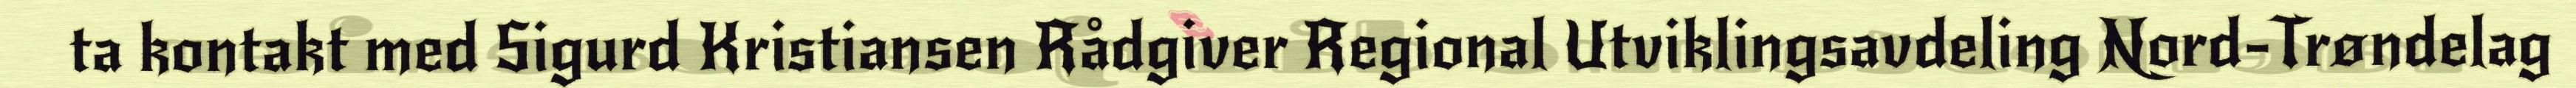
ta kontakt med Sigurd Kristiansen Rådgiver Regional Utviklingsavdeling Nord-Trøndelag